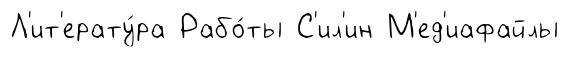
Л'ит'ерату́ра Рабо́ты С'ил'ин М'ед'иафайлы